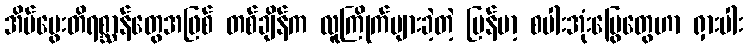
အိမ်မွေးတိရစ္ဆာန်တွေအဖြစ် တစ်ချိန်က လူကြိုက်များခဲ့တဲ့ မြန်မာ့ စပါးအုံးမြွေတွေဟာ ရှားပါး